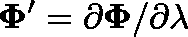
\mathbf { \Phi } ^ { \prime } = \partial \mathbf { \Phi } / \partial \lambda